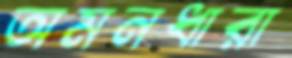
অমনধারা